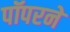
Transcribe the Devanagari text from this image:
पॉपरने